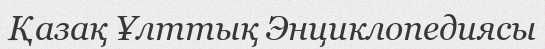
Қазақ Ұлттық Энциклопедиясы